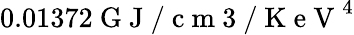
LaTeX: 0.01372\mathrm{~G~J~/~c~m~3~/~K~e~V~}^{4}